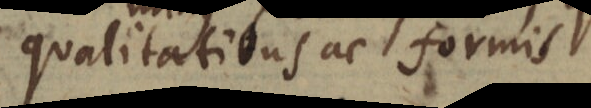
qualitatibus ac formis